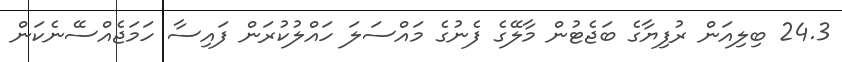
24.3 ބިލިއަން ރުފިޔާގެ ބަޖެޓުން މާލޭގެ ފެނުގެ މައްސަލަ ހައްލުކުރަން ފައިސާ ހަމަޖެއްސޭނެކަން